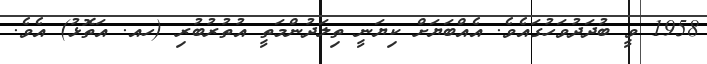
1958 ވީ ބުދަދުވަހުގައެވެ. އެއްބަޔަށް ކިޔަނީ ތިލަދުންމަތީ އުތުރުބުރި (ހއ. އަތޮޅު) އެވެ.